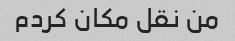
من نقل مکان کردم